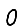
Digit: 0